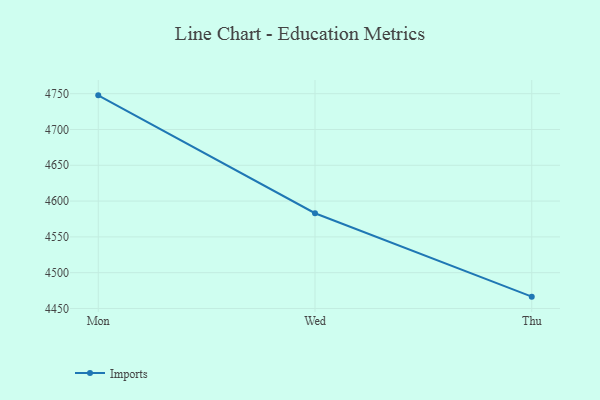
{"axis": {"x": "Day", "y": "LTV (USD)"}, "legend": ["Imports"], "data": [{"x": "Mon", "y": 4747.7, "type": "Imports"}, {"x": "Wed", "y": 4583.0, "type": "Imports"}, {"x": "Thu", "y": 4466.5, "type": "Imports"}]}